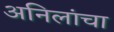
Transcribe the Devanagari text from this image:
अनिलांचा